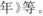
年》等。